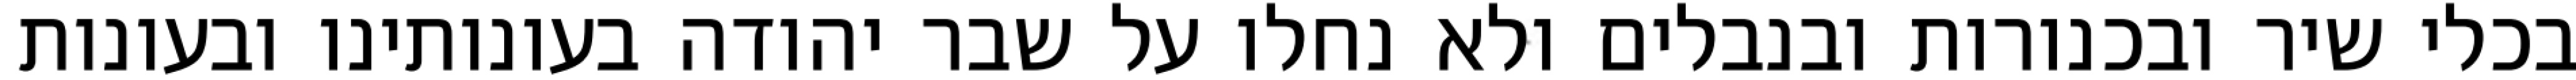
בכלי שיר ובכנורות ובנבלים ולא נחלו על שבר יהודה בעונותינו ובעונות